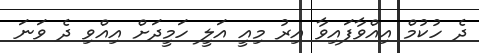
ދެ ހުކުމް އިއްވާފައިވާ އިރު މިއީ އަލީ ހަމީދަށް އިއްވި ދެ ވަނަ